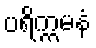
ပရိက္ကမနံ